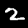
Label: 2